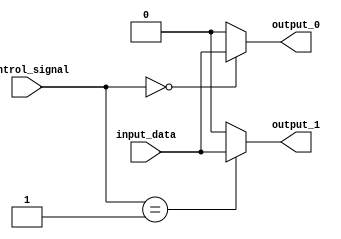
module demultiplexer (
    input wire [1:0] control_signal,
    input wire input_data,
    output reg output_0,
    output reg output_1
);

always @ (control_signal or input_data)
begin
    case (control_signal)
        2'b00: begin
            output_0 = input_data;
            output_1 = 1'b0;
        end
        2'b01: begin
            output_0 = 1'b0;
            output_1 = input_data;
        end
        default: begin
            output_0 = 1'b0;
            output_1 = 1'b0;
        end
    endcase
end

endmodule